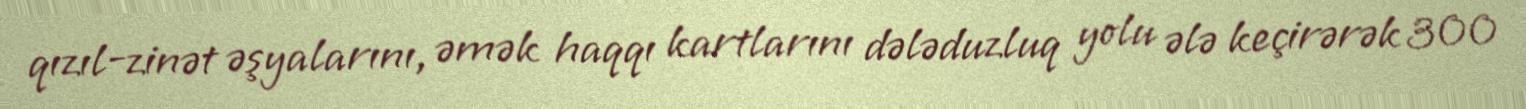
qızıl-zinət əşyalarını, əmək haqqı kartlarını dələduzluq yolu ələ keçirərək 300